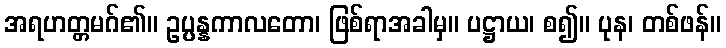
အရဟတ္တမဂ်၏။ ဥပ္ပန္နကာလတော၊ ဖြစ်ရာအခါမှ။ ပဋ္ဌာယ၊ စ၍။ ပုန၊ တစ်ဖန်။